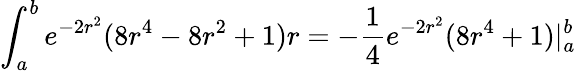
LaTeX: \int_{a}^{b}e^{-2r^{2}}(8r^{4}-8r^{2}+1)r=-\frac{1}{4}e^{-2r^{2}}(8r^{4}+1)|_{a}^{b}